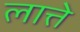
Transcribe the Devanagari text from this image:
लात्ते